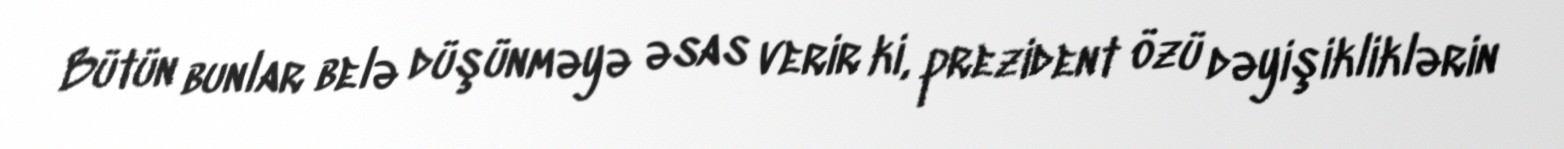
Bütün bunlar belə düşünməyə əsas verir ki, prezident özü dəyişikliklərin